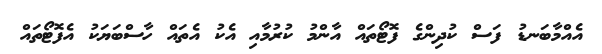
އެއްމާބަނޑު ފަސް ކުދިންގެ ފޮޓޯތައް އާންމު ކުރުމާއި އެކު އެތައް ހާސްބަޔަކު އެފޮޓޯތައް